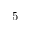
5